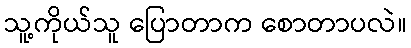
သူ့ကိုယ်သူ ပြောတာက စောတာပလဲ။